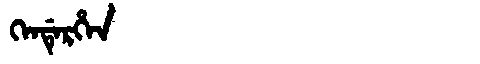
Manchu: ᡴᡝᠨᡩᡝᡵᡥᡝᠨ
Romanization: KENDERHEN